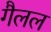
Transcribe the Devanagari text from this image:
गैलल